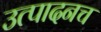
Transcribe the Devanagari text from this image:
उत्पादनच